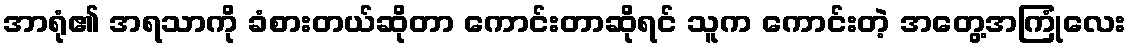
အာရုံ၏ အရသာကို ခံစားတယ်ဆိုတာ ကောင်းတာဆိုရင် သူက ကောင်းတဲ့ အတွေ့အကြုံလေး